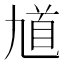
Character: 馗